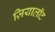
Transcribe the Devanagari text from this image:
ज़ियालॉट